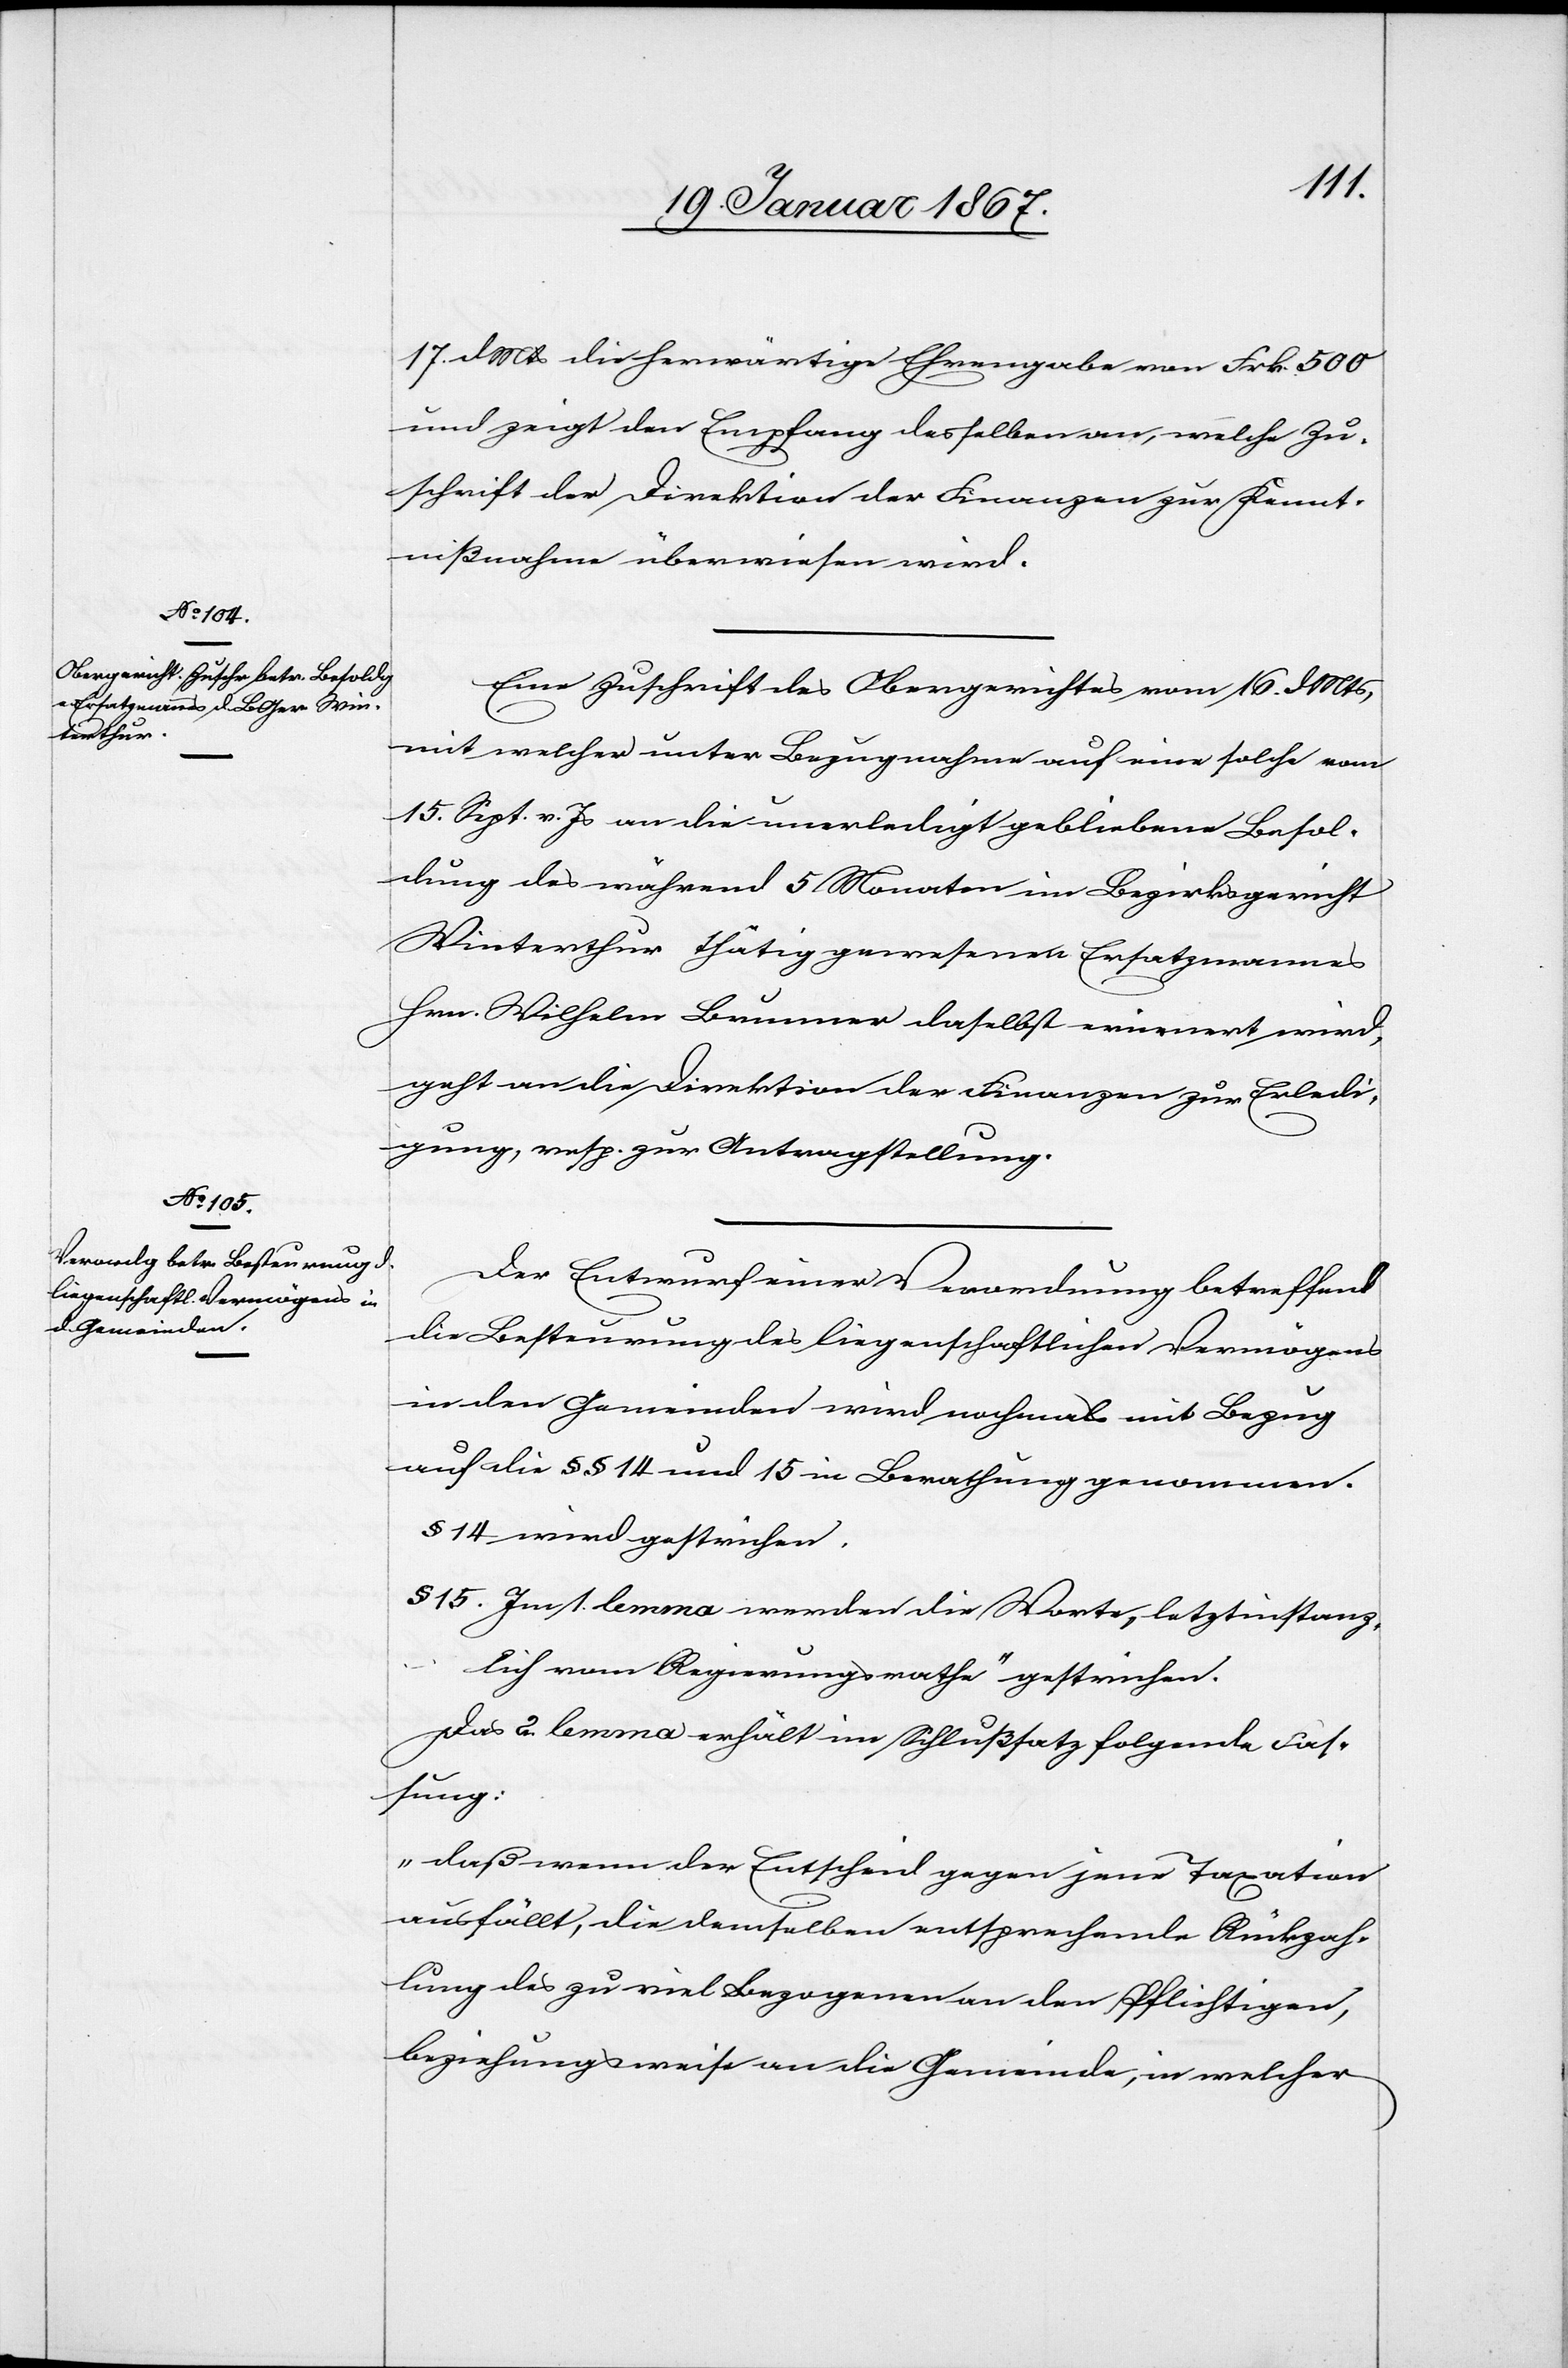
17. d. Mts die herwärtige Ehrengabe von Frk. 500
und zeigt den Empfang desselben an, welche Zu¬
schrift der Direktion der Finanzen zur Kennt¬
nißnahme überwiesen wird.
Eine Zuschrift des Obergerichtes vom 16. d. Mts,
mit welcher unter Bezugnahme auf eine solche vom
15. Sept. v. Js. an die unerledigt gebliebene Besol¬
dung des während 5 Monaten im Bezirksgericht
Winterthur thätig gewesenen Ersatzmannes
Hrn. Wilhelm Brunner daselbst erinnert wird,
geht an die Direktion der Finanzen zur Erledi¬
gung, resp. zur Antragstellung.
Der Entwurf einer Verwendung betreffend
die Besteurung des liegenschaftlichen Vermögens
in den Gemeinden wird nochmals mit Bezug
auf die §§ 14 und 15 in Berathung genommen.
§ 14 wird gestrichen.
§ 15. Im 1. lemma werden die Worte, „letztinstanz¬
lich vom Regierungsrathe“ gestrichen.
Das 2. lemma erhält im Schlußsatz folgende Fas¬
sung:
„daß wenn der Entscheid gegen jene Taxation
ausfällt, die demselben entsprechende Rückzah¬
lung des zu viel bezogenen an den Pflichtigen,
beziehungsweise an die Gemeinde, in welcher